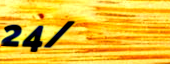
24/7